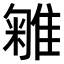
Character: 𨿥